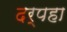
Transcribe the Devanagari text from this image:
दर्पहा